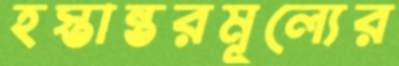
হস্তান্তরমূল্যের